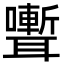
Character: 𮋽